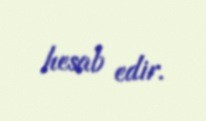
hesab edir.